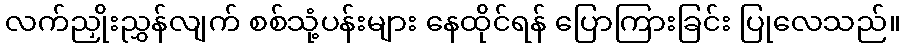
လက်ညှိုးညွှန်လျက် စစ်သုံ့ပန်းများ နေထိုင်ရန် ပြောကြားခြင်း ပြုလေသည်။